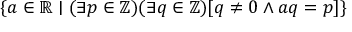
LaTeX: \{ a \in \mathbb { R } \mid ( \exists p \in \mathbb { Z } ) ( \exists q \in \mathbb { Z } ) [ q \not = 0 \land a q = p ] \}